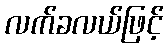
လက်ခလယ်ဖြင့်